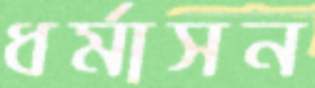
ধর্মাসন